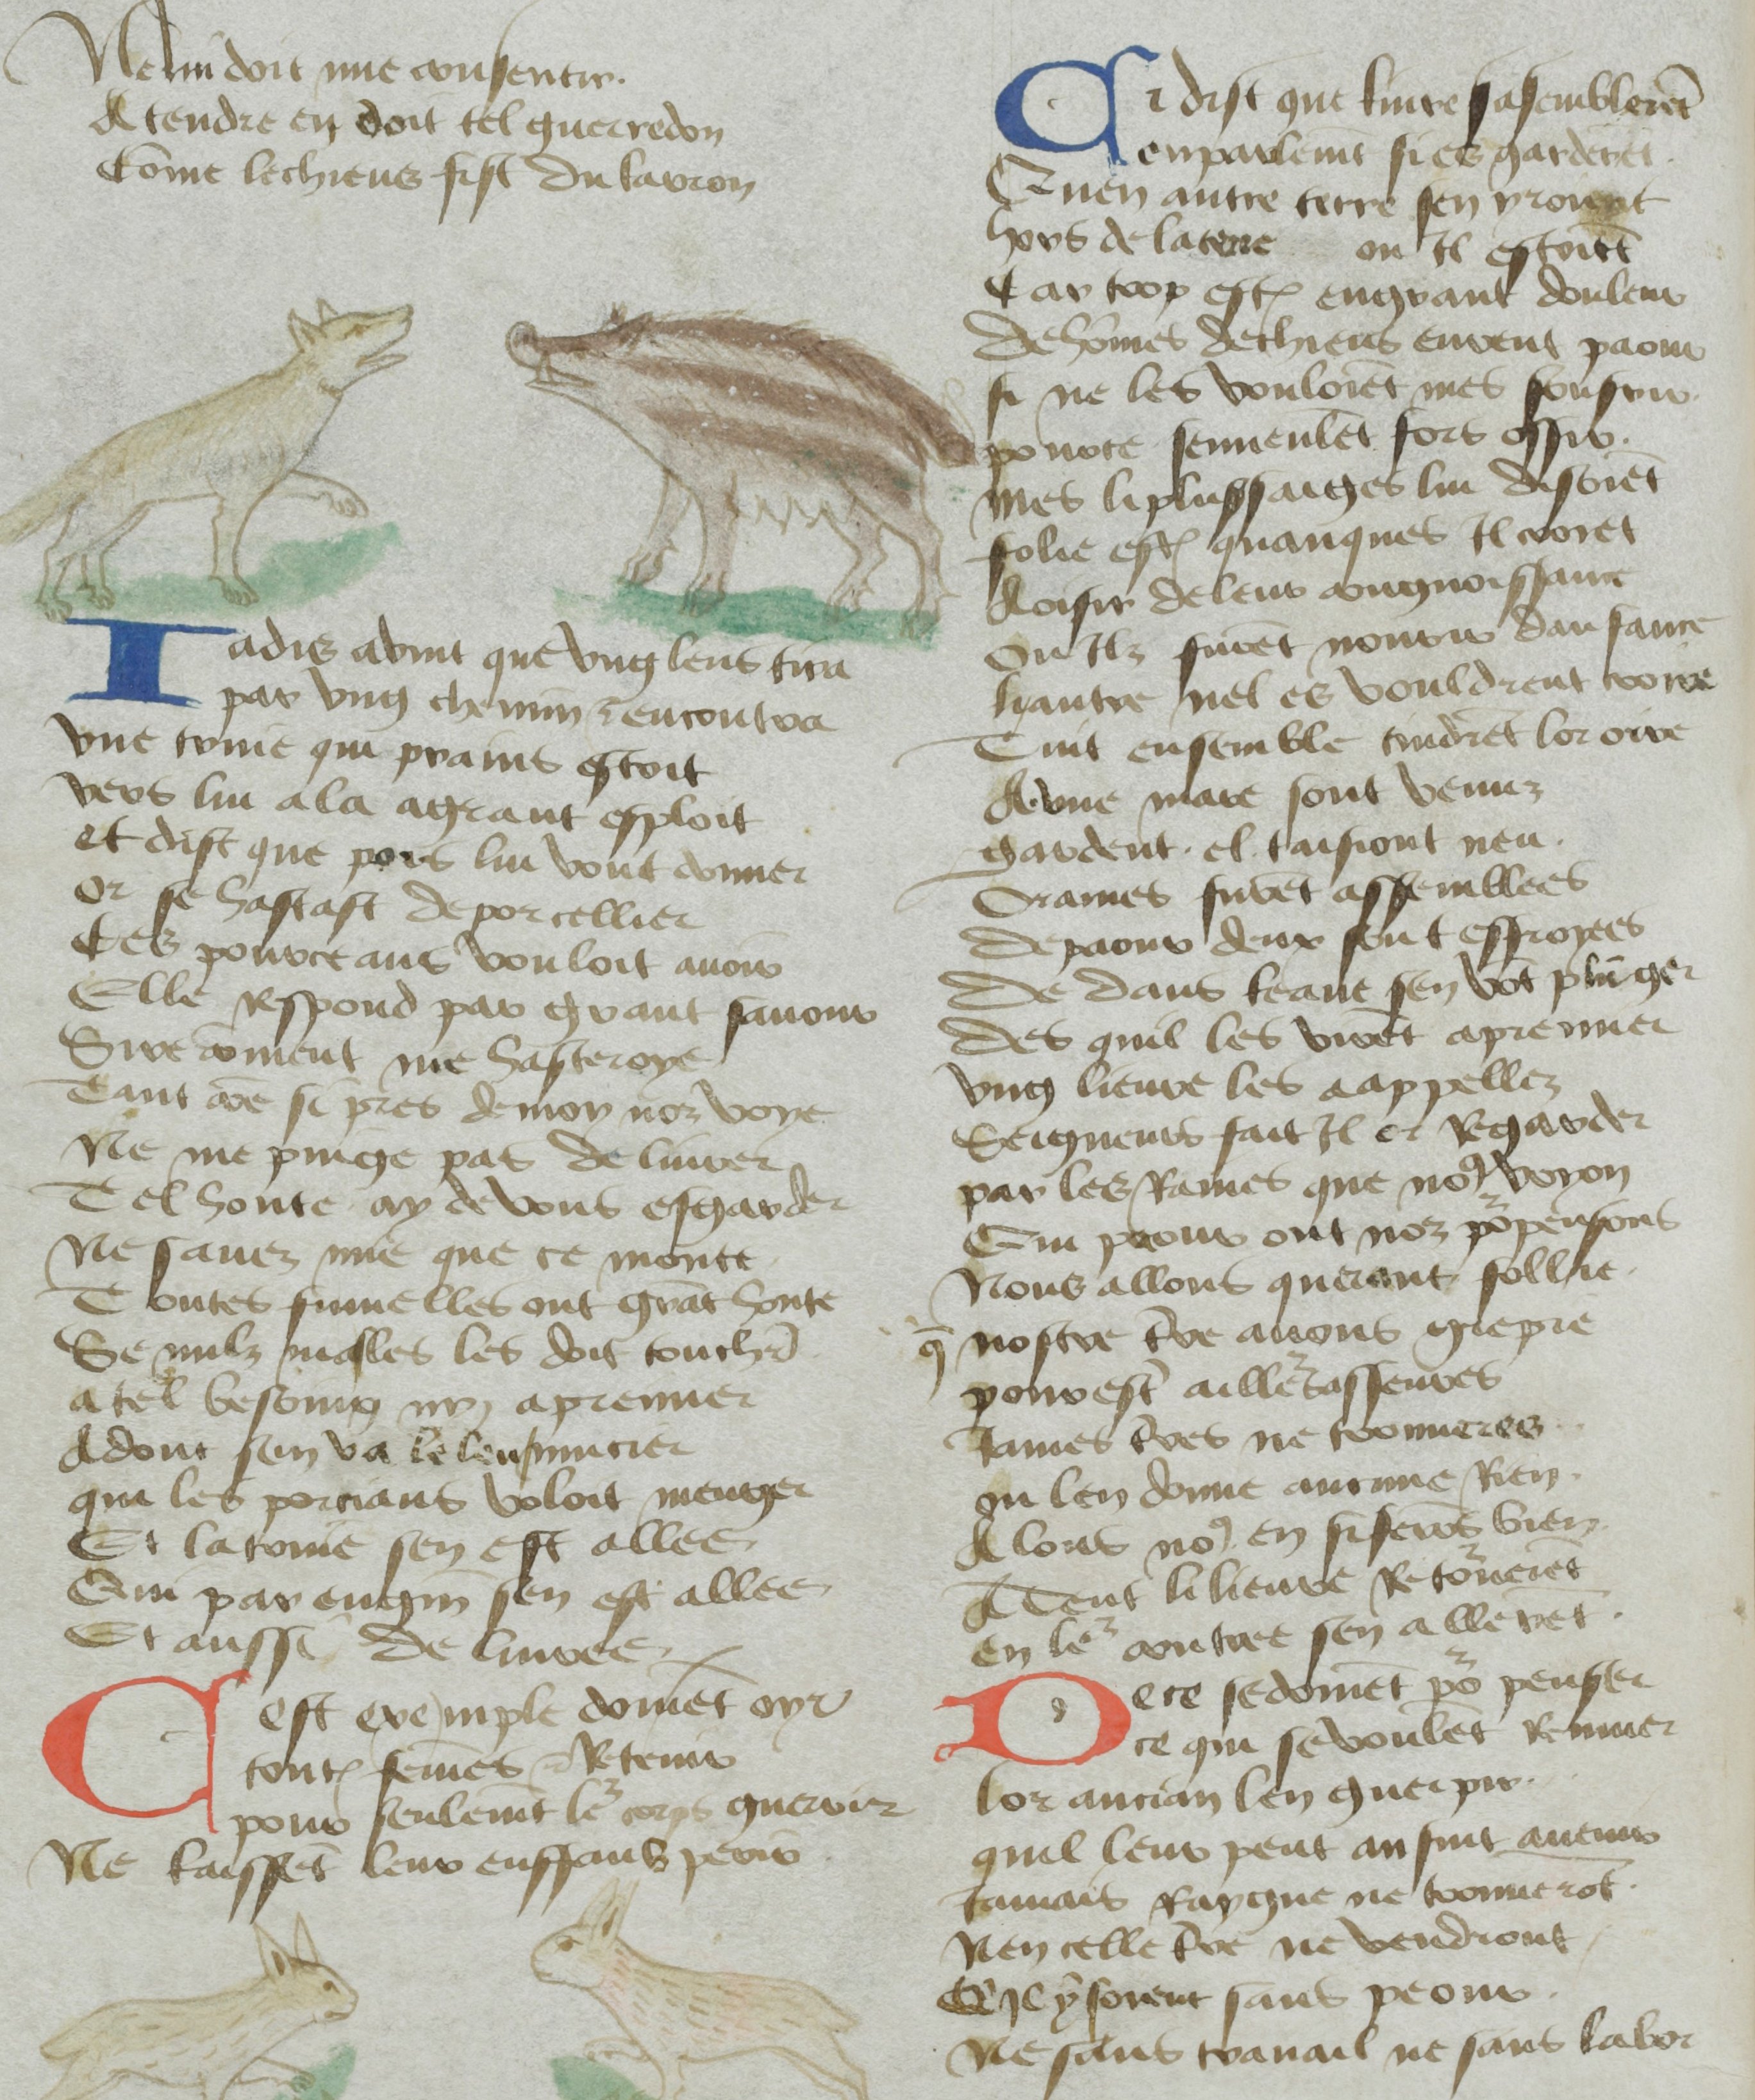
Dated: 1400–1499